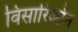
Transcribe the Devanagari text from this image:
विसारिओन